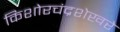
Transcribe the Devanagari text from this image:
किशोरचंद्रशेखरे